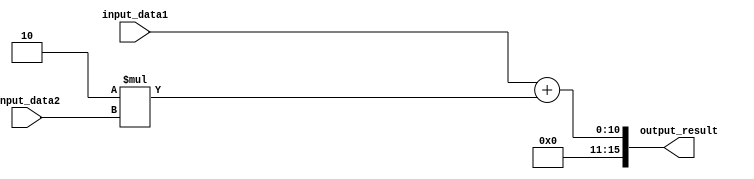
module generate_function(
    input [7:0] input_data1,
    input [7:0] input_data2,
    output reg [15:0] output_result
);

always @* begin
    // Specify the algorithm to process input parameters
    output_result = input_data1 + 2 * input_data2;
    
end

endmodule